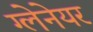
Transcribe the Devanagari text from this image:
ग्लेनेयर